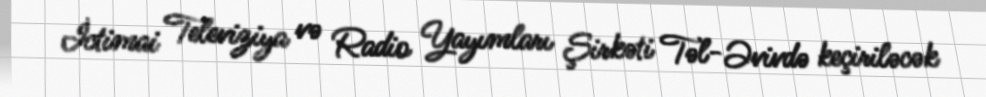
İctimai Televiziya və Radio Yayımları Şirkəti Təl-Əvivdə keçiriləcək